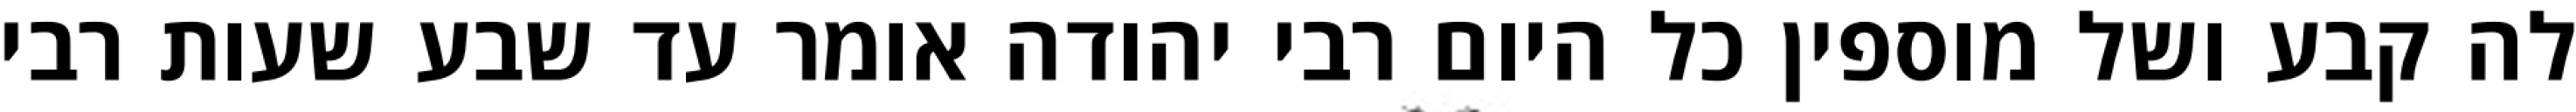
לה קבע ושל מוספין כל היום רבי יהודה אומר עד שבע שעות רבי